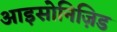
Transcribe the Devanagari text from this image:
आइसोनिज़िड